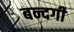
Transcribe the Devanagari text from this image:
बन्दगी